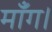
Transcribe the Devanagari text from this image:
माँग।